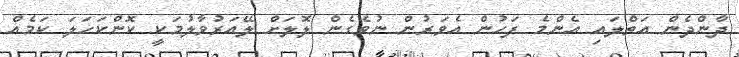
ދާންދެން އަތްލައި އެންމެ ފަހުން އެވަރުން ނުވެގެން ލޮލަށް ލޭއަރުވާލުމަކީ ކޮންކަހަލަ ކަމެއް